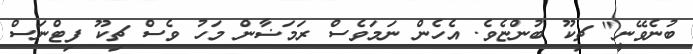
ބުނެވޭނީ" ޗިކޫ ބުންޏެވެ. އެހެން ނަމަވެސް ރަމަޟާން މަހު ވެސް ޗިކޫ ފިޓްނަސް